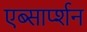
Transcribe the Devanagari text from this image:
एब्सार्प्शन